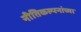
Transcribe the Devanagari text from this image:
नीतिकल्पनांच्या